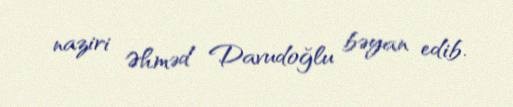
naziri Əhməd Davudoğlu bəyan edib.